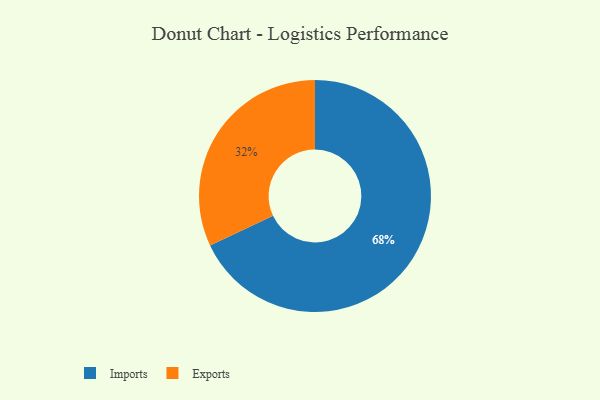
{"axis": {"x": "Category", "y": "Percentage"}, "legend": ["Exports", "Imports"], "data": [{"x": "Imports", "y": 68, "type": "Imports"}, {"x": "Exports", "y": 32, "type": "Exports"}]}